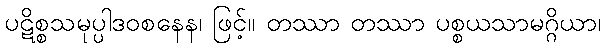
ပဋိစ္စသမုပ္ပါဒဝစနေန၊ ဖြင့်။ တဿာ တဿာ ပစ္စယသာမဂ္ဂိယာ၊